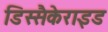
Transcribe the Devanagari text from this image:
डिस्सैकेराइड